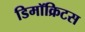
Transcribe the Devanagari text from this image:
डिमॉक्रिटस